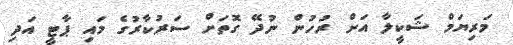
މަރިޔަމް ޝަކީލާ އަށް ރުހުން ނުދޭ ގޮތަށް ސަރުކާރުގެ މައި ޕާޓީ އަދި